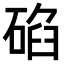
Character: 𥓒